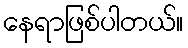
နေရာဖြစ်ပါတယ်။